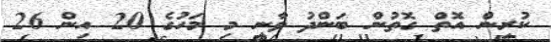
ކުރިން އޮތް ގޮތުން ބަންދު ވާނީ މި މަހުގެ 20 އިން 26